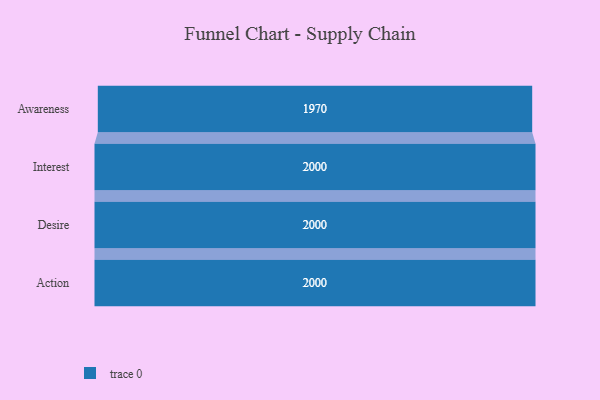
{"axis": {"x": "Stage", "y": "Value"}, "legend": [""], "data": [{"x": "Awareness", "y": 1970.0, "type": ""}, {"x": "Interest", "y": 2000, "type": ""}, {"x": "Desire", "y": 2000, "type": ""}, {"x": "Action", "y": 2000, "type": ""}]}